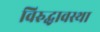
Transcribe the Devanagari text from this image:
विरुद्धावस्था